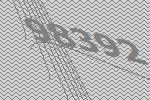
98392